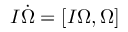
I \dot { \boldsymbol \Omega } = [ I { \boldsymbol \Omega } , { \boldsymbol \Omega } ]